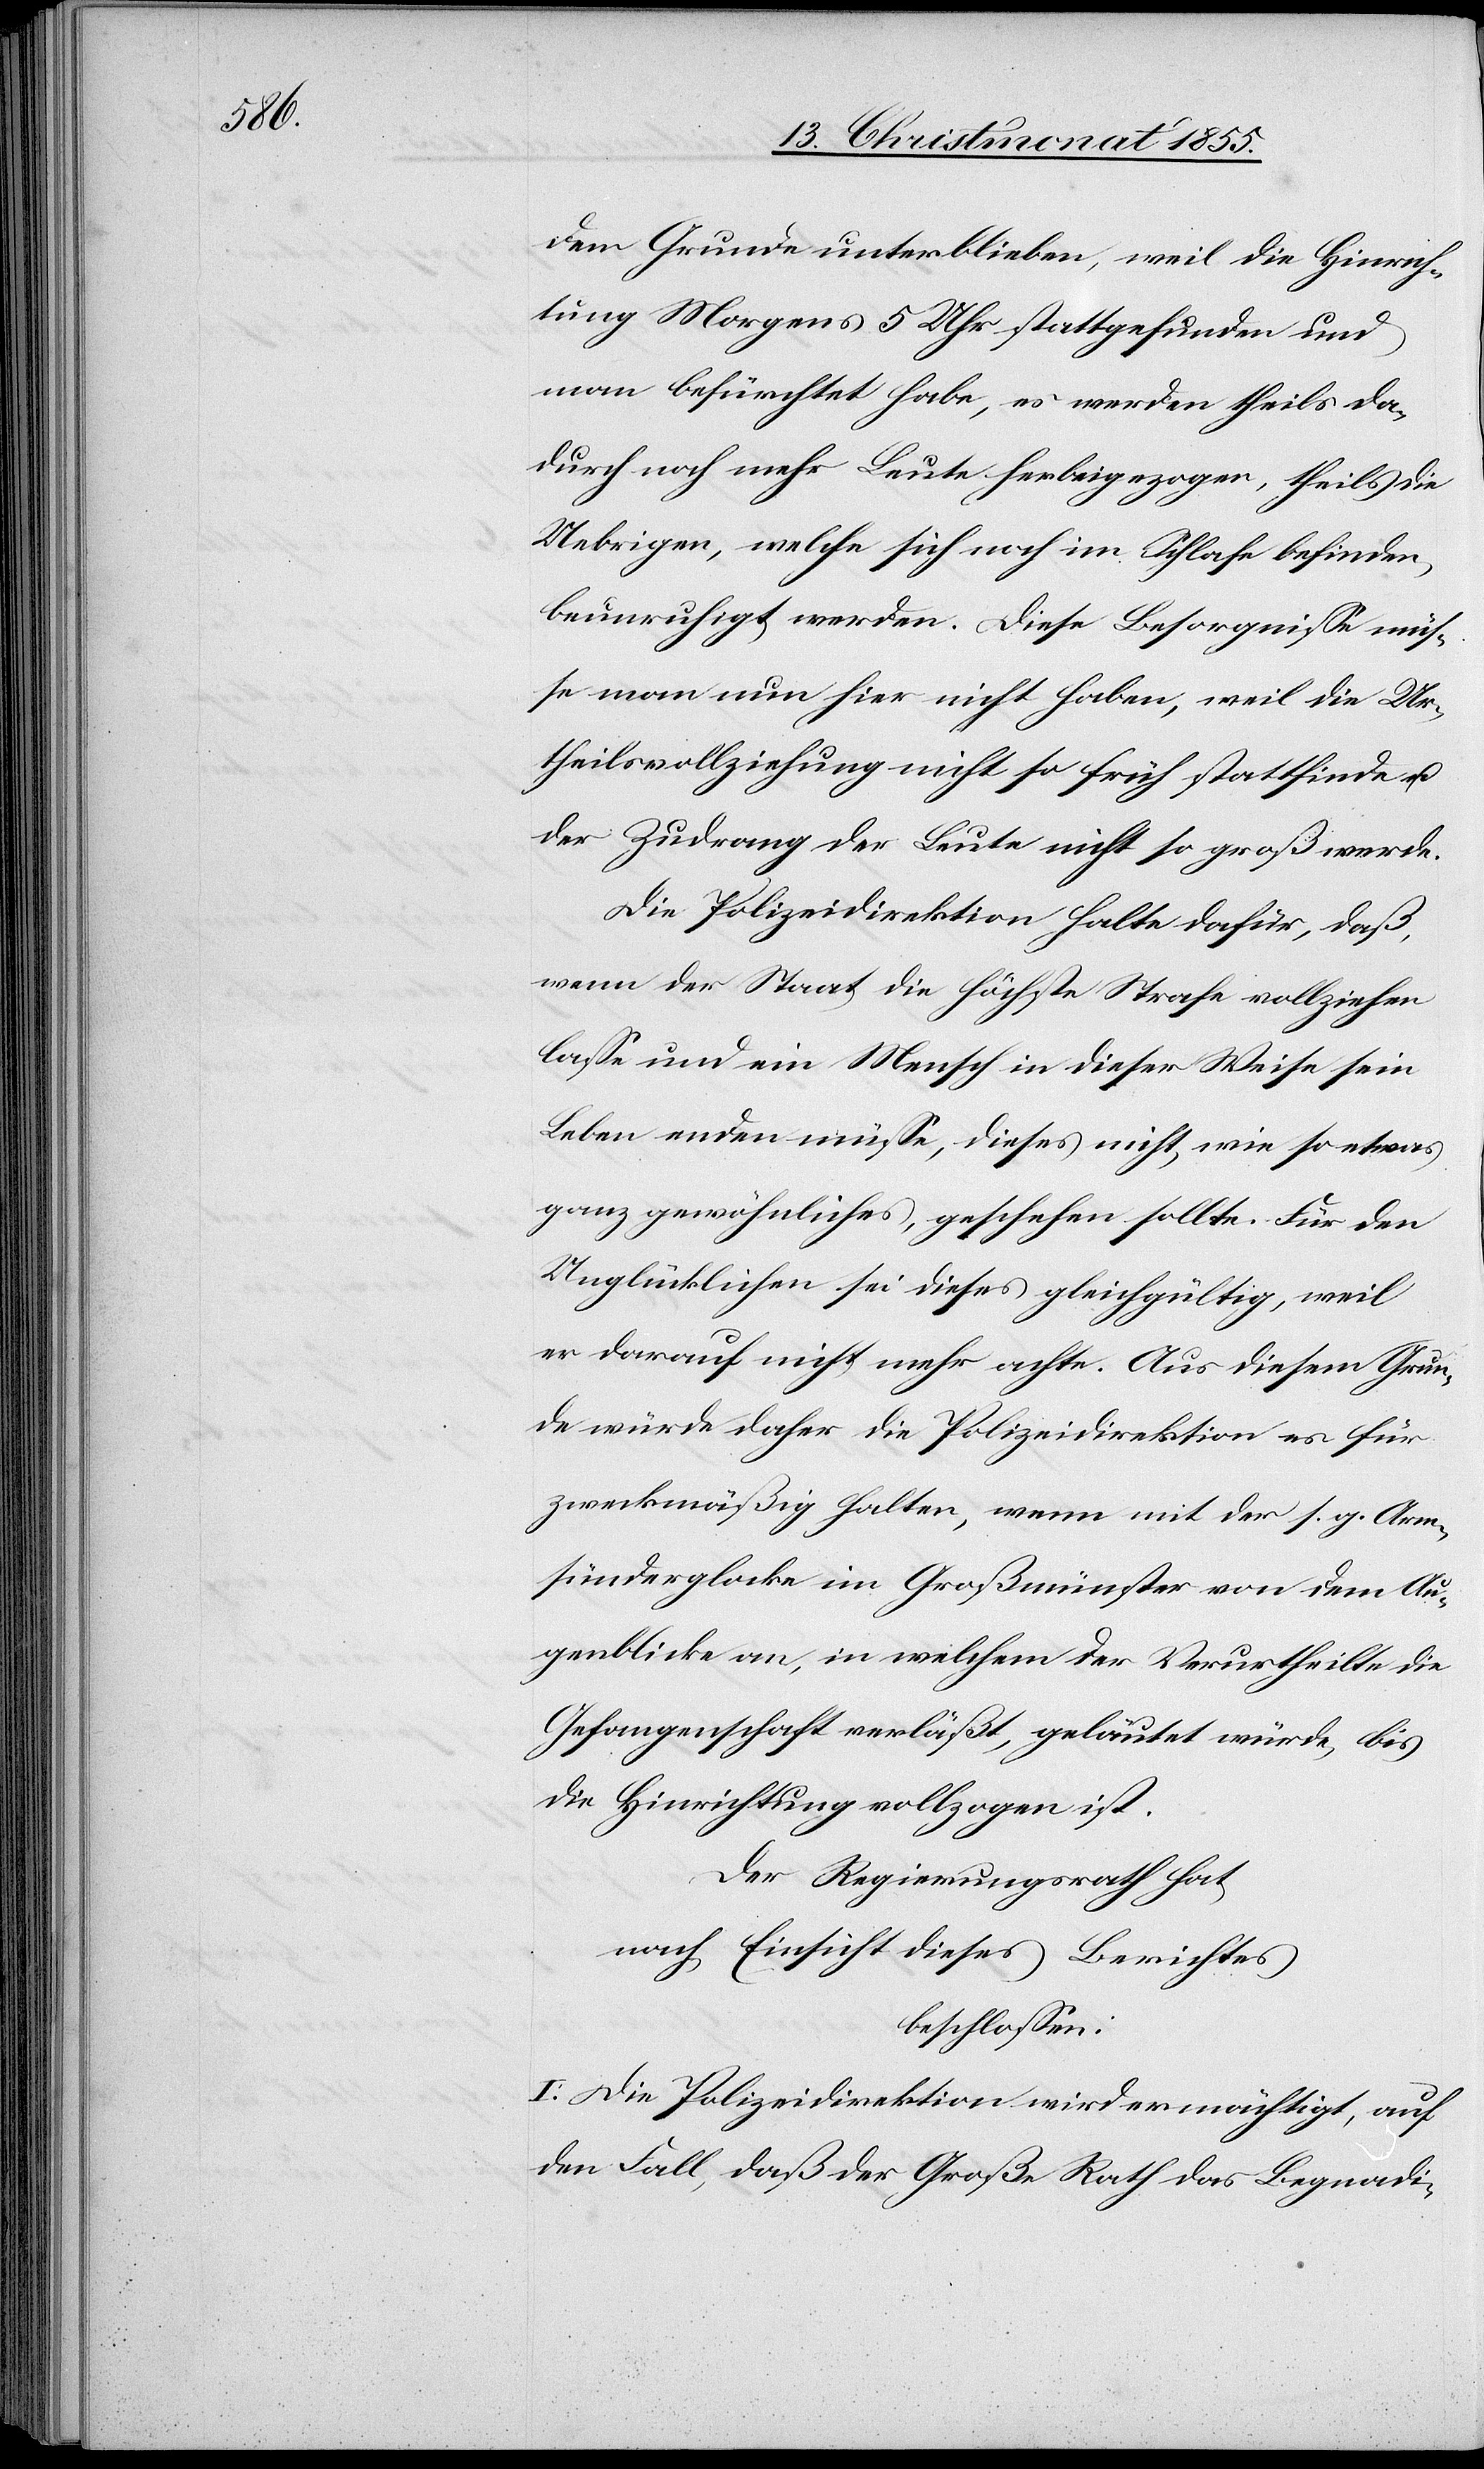
dem Grunde unterblieben, weil die Hinrich¬
tung Morgens 5 Uhr stattgefunden und
man befürchtet habe, es werden theils da¬
durch noch mehr Leute herbeigezogen, theils die
Uebrigen, welche sich noch im Schlafe befinden,
beunruhigt werden. Diese Besorgnisse müs¬
se man nun hier nicht haben, weil die Ur¬
theilsvollziehung nicht so früh stattfinde u.
der Zudrang der Leute nicht so groß werde.
Die Polizeidirektion halte dafür, daß,
wenn der Staat die höchste Strafe vollziehen
lasse und ein Mensch in dieser Weise sein
Leben enden müsse, dieses nicht, wie so etwas
ganz gewöhnliches, geschehen sollte. Für den
Unglücklichen sei dieses gleichgültig, weil
er darauf nicht mehr achte. Aus diesem Grun¬
de würde daher die Polizeidirektion es für
zweckmäßig halten, wenn mit der s. g. Arm¬
sünderglocke im Großmünster von dem Au¬
genblicke an, in welchem der Verurtheilte die
Gefangenschaft verläßt, geläutet würde, bis
die Hinrichtung vollzogen ist.
Der Regierungsrath hat,
nach Einsicht dieses Berichtes
beschlossen:
I. Die Polizeidirektion wird ermächtigt, auf
den Fall, daß der Große Rath das Begnadi-